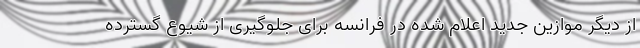
از دیگر موازین جدید اعلام شده در فرانسه برای جلوگیری از شیوع گسترده